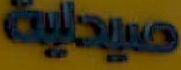
صيدلية